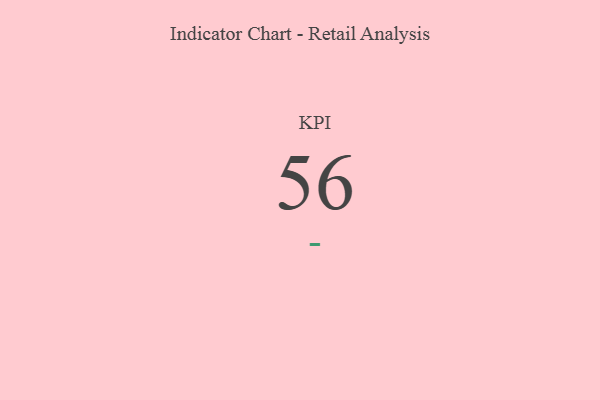
{"axis": {"x": "KPI", "y": "Value"}, "legend": [""], "data": [{"x": "KPI", "y": 56, "type": ""}]}